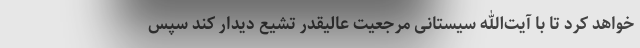
خواهد کرد تا با آیت‌الله سیستانی مرجعیت عالیقدر تشیع دیدار کند سپس